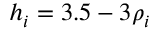
h _ { i } = 3 . 5 - 3 \rho _ { i }